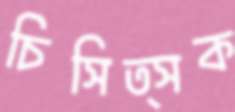
চিসিত্সক